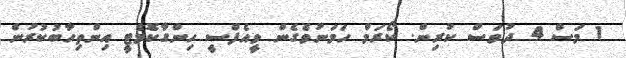
1 މަސް 4 ދުވަސް ކުރިން. ކޯރަމް ހަމަނުވެގެން ވީއެފްސީ ހިންގާކޮެމެޓީ އިންތިހާބުކުރުން